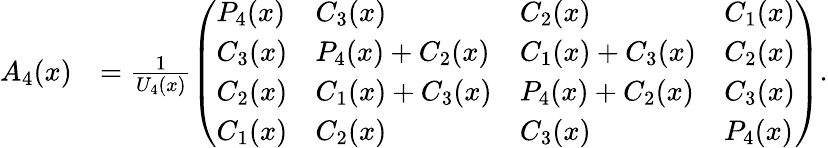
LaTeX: \begin{array}{rl}{A_{4}(x)}&{=\frac{1}{U_{4}(x)}\left(\begin{array}{llll}{{P_{4}(x)}}&{{C_{3}(x)}}&{{C_{2}(x)}}&{{C_{1}(x)}}\\ {{C_{3}(x)}}&{{P_{4}(x)}+{C_{2}(x)}}&{{C_{1}(x)}+{C_{3}(x)}}&{{C_{2}(x)}}\\ {{C_{2}(x)}}&{{C_{1}(x)}+{C_{3}(x)}}&{{P_{4}(x)}+{C_{2}(x)}}&{{C_{3}(x)}}\\ {{C_{1}(x)}}&{{C_{2}(x)}}&{{C_{3}(x)}}&{{P_{4}(x)}}\end{array}\right).}\end{array}